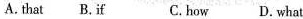
A. that B, if C. How D.What